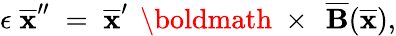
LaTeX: \epsilon\; \overline{{\mathbf x}}^{\prime\prime}\; =\; \overline{{\mathbf x}}^{\prime}\, \mathrm{~\boldmath~\times~}\, \overline{{\mathbf B}}(\overline{{\mathbf x}}),